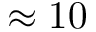
\approx 1 0